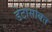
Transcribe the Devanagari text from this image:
डेटासोबत